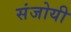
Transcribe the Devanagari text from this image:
संजोयी